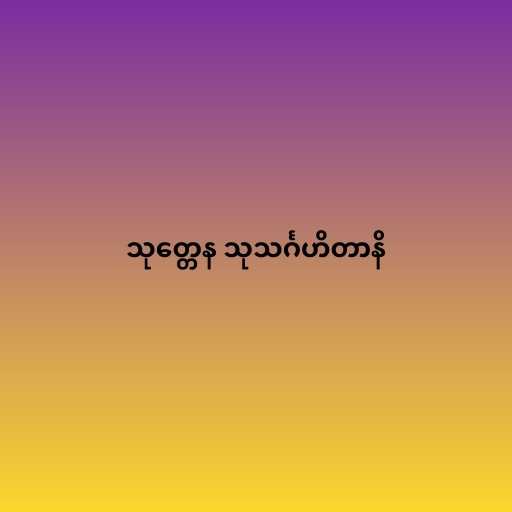
သုတ္တေန သုသင်္ဂဟိတာနိ